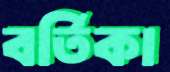
বর্তিকা